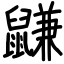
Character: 鼸